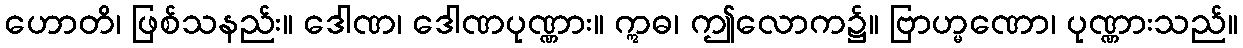
ဟောတိ၊ ဖြစ်သနည်း။ ဒေါဏ၊ ဒေါဏပုဏ္ဏား။ ဣဓ၊ ဤလောက၌။ ဗြာဟ္မဏော၊ ပုဏ္ဏားသည်။